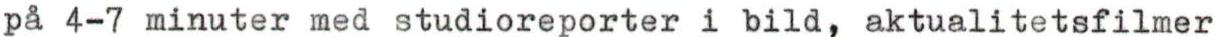
på 4-7 minuter med studioreporter i bild, aktualitetsfilmer